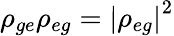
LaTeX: \rho_{ge}\rho_{eg}=\left|\rho_{eg}\right|^{2}